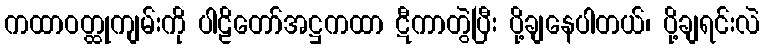
ကထာဝတ္ထုကျမ်းကို ပါဠိတော်အဋ္ဌကထာ ဋီကာတွဲပြီး ပို့ချနေပါတယ်၊ ပို့ချရင်းလဲ